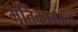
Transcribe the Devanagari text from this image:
मूर्तिकामाचा